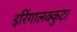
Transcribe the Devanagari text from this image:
इरिंगालक्कुटा